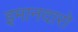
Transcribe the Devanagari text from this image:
इमानदारो